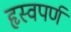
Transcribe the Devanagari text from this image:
हृस्वपर्ण